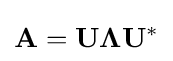
\mathbf {A} =\mathbf {U} \mathbf {\Lambda } \mathbf {U} ^{*}